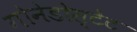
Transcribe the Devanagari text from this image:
गोनेडोस्टेट